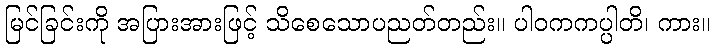
မြင်ခြင်းကို အပြားအားဖြင့် သိစေသောပညတ်တည်း။ ပါဝကကပ္ပါတိ၊ ကား။